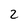
Character: 2